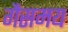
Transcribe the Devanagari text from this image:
गैसमय